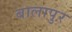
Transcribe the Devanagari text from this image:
बालापुर